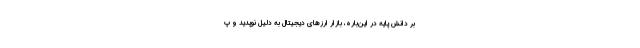
بر دانش پایه در این‌باره، بازار ارزهای دیجیتال به دلیل نوپدید و پ